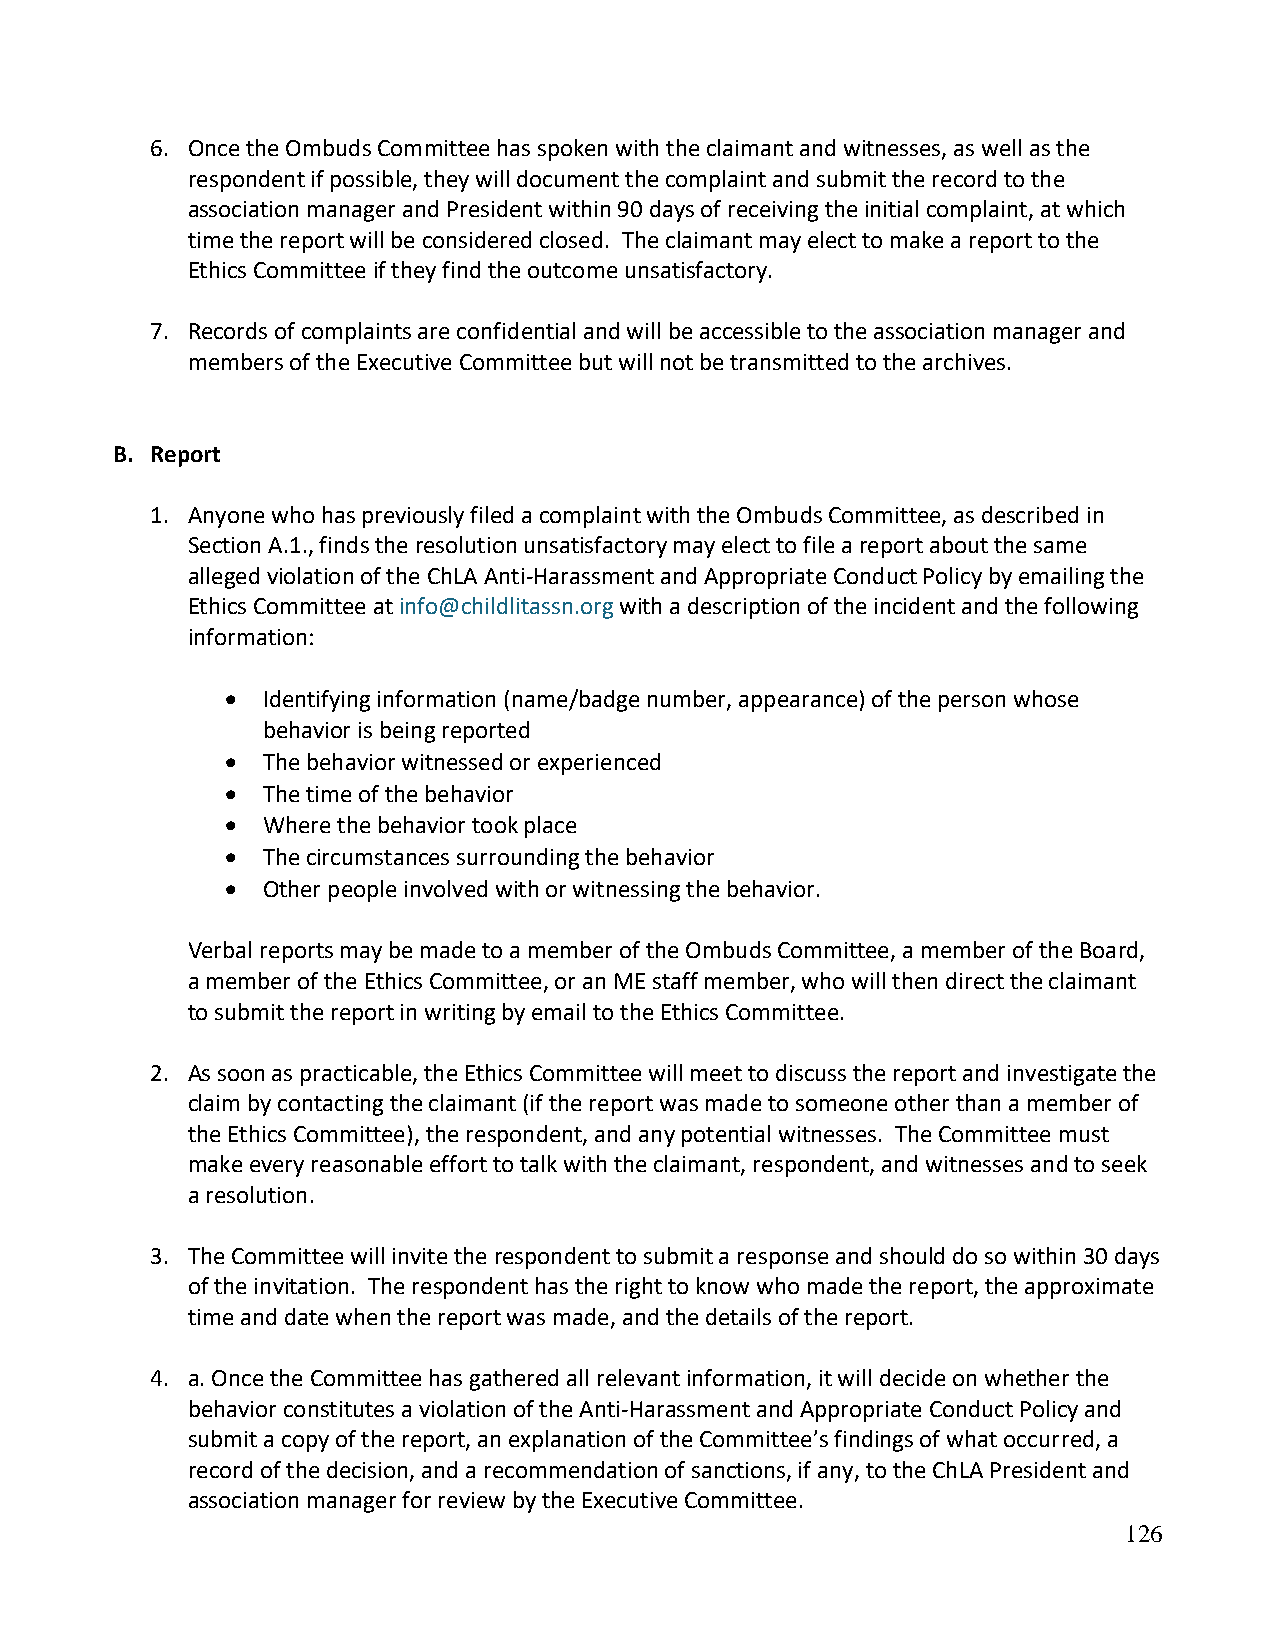
6. Once the Ombuds Committee has spoken with the claimant and witnesses, as well as the
 respondent if possible, they will document the complaint and submit the record to the
 association manager and President within 90 days of receiving the initial complaint, at which
 time the report will be considered closed. The claimant may elect to make a report to the
 Ethics Committee if they find the outcome unsatisfactory.
 7. Records of complaints are confidential and will be accessible to the association manager and
 members of the Executive Committee but will not be transmitted to the archives.
 B. Report
 1. Anyone who has previously filed a complaint with the Ombuds Committee, as described in
 Section A.1., finds the resolution unsatisfactory may elect to file a report about the same
 alleged violation of the ChLA Anti-Harassment and Appropriate Conduct Policy by emailing the
 Ethics Committee at info@childlitassn.org with a description of the incident and the following
 information:
 • Identifying information (name/badge number, appearance) of the person whose
 behavior is being reported
 • The behavior witnessed or experienced
 • The time of the behavior
 • Where the behavior took place
 • The circumstances surrounding the behavior
 • Other people involved with or witnessing the behavior.
 Verbal reports may be made to a member of the Ombuds Committee, a member of the Board,
 a member of the Ethics Committee, or an ME staff member, who will then direct the claimant
 to submit the report in writing by email to the Ethics Committee.
 2. As soon as practicable, the Ethics Committee will meet to discuss the report and investigate the
 claim by contacting the claimant (if the report was made to someone other than a member of
 the Ethics Committee), the respondent, and any potential witnesses. The Committee must
 make every reasonable effort to talk with the claimant, respondent, and witnesses and to seek
 a resolution.
 3. The Committee will invite the respondent to submit a response and should do so within 30 days
 of the invitation. The respondent has the right to know who made the report, the approximate
 time and date when the report was made, and the details of the report.
 4. a. Once the Committee has gathered all relevant information, it will decide on whether the
 behavior constitutes a violation of the Anti-Harassment and Appropriate Conduct Policy and
 submit a copy of the report, an explanation of the Committee’s findings of what occurred, a
 record of the decision, and a recommendation of sanctions, if any, to the ChLA President and
 association manager for review by the Executive Committee.
 126